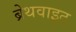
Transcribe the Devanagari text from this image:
ब्रेथवाइट